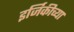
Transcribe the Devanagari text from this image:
इर्जिकीच्या